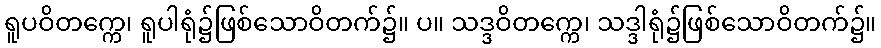
ရူပဝိတက္ကေ၊ ရူပါရုံ၌ဖြစ်သောဝိတက်၌။ ပ။ သဒ္ဒဝိတက္ကေ၊ သဒ္ဒါရုံ၌ဖြစ်သောဝိတက်၌။